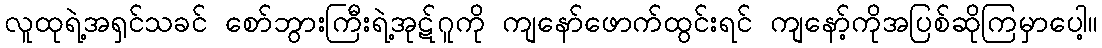
လူထုရဲ့အရှင်သခင် စော်ဘွားကြီးရဲ့အုဋ်ဂူကို ကျနော်ဖောက်ထွင်းရင် ကျနော့်ကိုအပြစ်ဆိုကြမှာပေါ့။